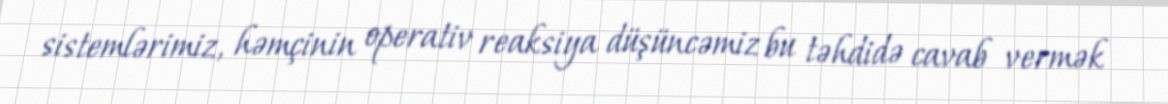
sistemlərimiz, həmçinin operativ reaksiya düşüncəmiz bu təhdidə cavab vermək